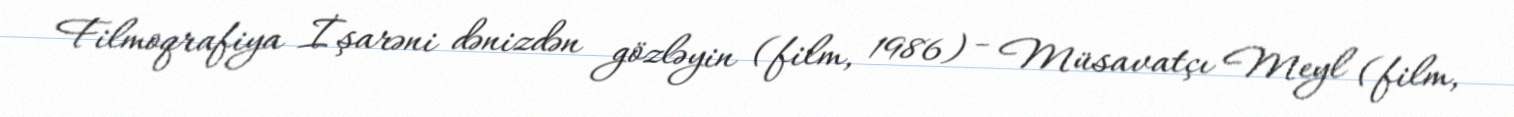
Filmoqrafiya İşarəni dənizdən gözləyin (film, 1986) - Müsavatçı Meyl (film,